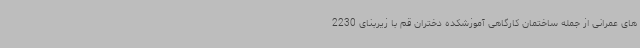
های عمرانی از جمله ساختمان کارگاهی آموزشکده دختران قم با زیربنای 2230